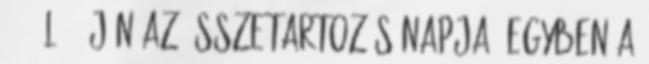
18. ÉLŐ - Jön az Összetartozás Napja, egyben a